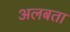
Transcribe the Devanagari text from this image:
अलबता